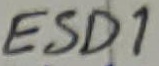
Text: ESD1